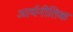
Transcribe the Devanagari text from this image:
आर्थनीतिक